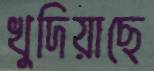
খুদিয়াছে